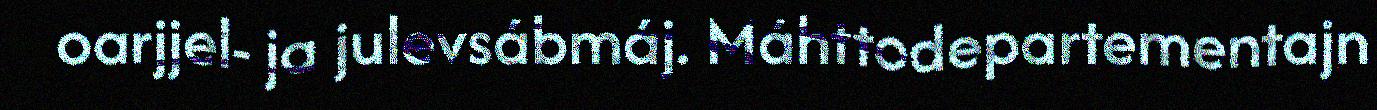
oarjjel- ja julevsábmáj. Máhttodepartementajn